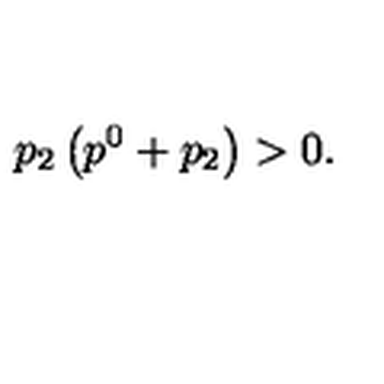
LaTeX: p _ { 2 } \left( p ^ { 0 } + p _ { 2 } \right) > 0 .